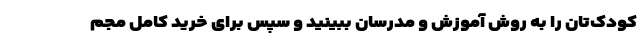
کودک‌تان را به روش آموزش و مدرسان ببینید و سپس برای خرید کامل مجم